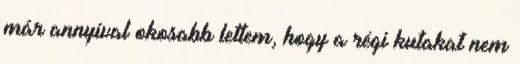
már annyival okosabb lettem, hogy a régi kutakat nem